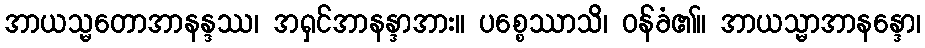
အာယသ္မတောအာနန္ဒဿ၊ အရှင်အာနန္ဒာအား။ ပစ္စေဿာသိ၊ ဝန်ခံ၏။ အာယသ္မာအာနန္ဒော၊